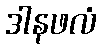
ဒါနဖလံ